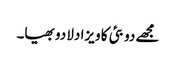
مجھے دوبئی کا ویزا دلا دو بھیا۔